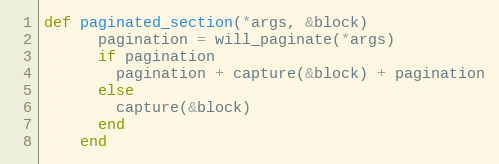
Language: Ruby
def paginated_section(*args, &block)
      pagination = will_paginate(*args)
      if pagination
        pagination + capture(&block) + pagination
      else
        capture(&block)
      end
    end